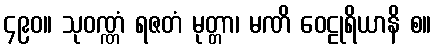
၄၉၀။ သုဝဏ္ဏံ ရဇတံ မုတ္တာ၊ မဏိ ဝေဠုရိယာနိ စ။